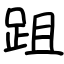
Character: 跙